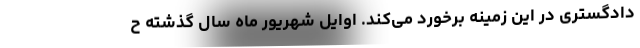
دادگستری در این زمینه برخورد می‌کند. اوایل شهریور ماه سال گذشته ح